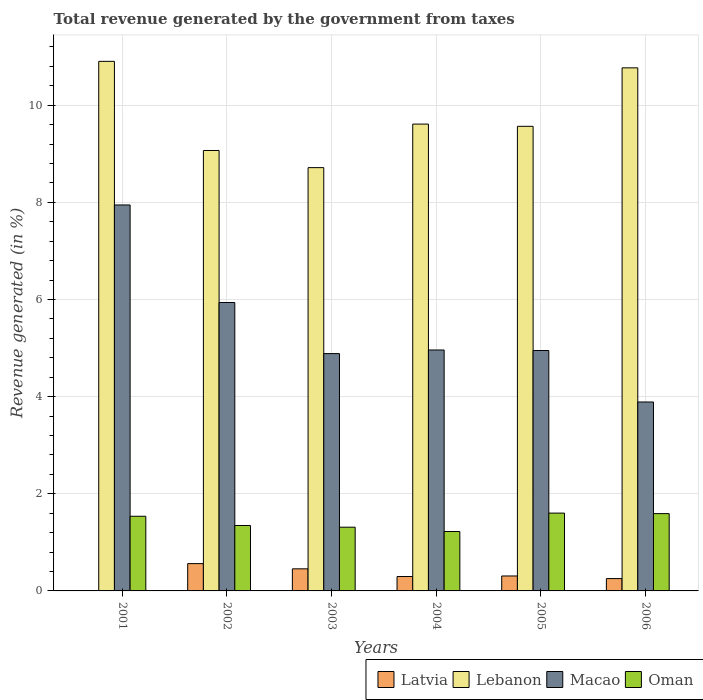
| Years | Latvia | Lebanon | Macao | Oman |
 | --- | --- | --- | --- | --- |
 | 2001 | -0.0373 | 10.9 | 7.95 | 1.54 |
 | 2002 | 0.562 | 9.07 | 5.94 | 1.35 |
 | 2003 | 0.455 | 8.72 | 4.89 | 1.31 |
 | 2004 | 0.297 | 9.61 | 4.96 | 1.22 |
 | 2005 | 0.308 | 9.57 | 4.95 | 1.6 |
 | 2006 | 0.254 | 10.8 | 3.89 | 1.59 |